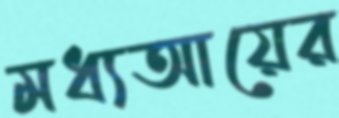
মধ্যআয়ের